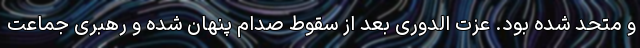
و متحد شده بود. عزت الدوری بعد از سقوط صدام پنهان شده و رهبری جماعت